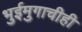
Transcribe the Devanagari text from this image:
भुईमुगाचीही